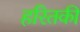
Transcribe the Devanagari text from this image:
हरितकी